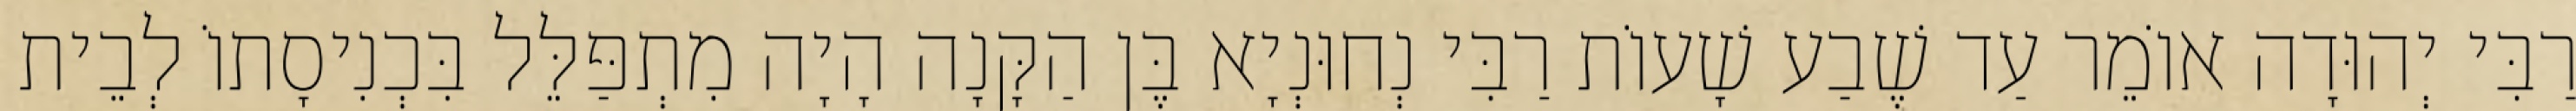
רַבִּי יְהוּדָה אוֹמֵר עַד שֶׁבַע שָׁעוֹת רַבִּי נְחוּנְיָא בֶּן הַקָּנָה הָיָה מִתְפַּלֵּל בִּכְנִיסָתוֹ לְבֵית